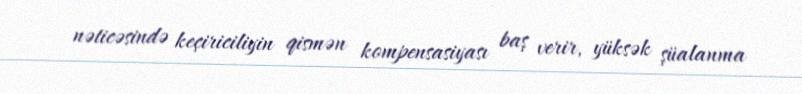
nəticəsində keçiriciliyin qismən kompensasiyası baş verir, yüksək şüalanma